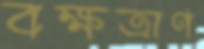
বক্ষত্রাণ